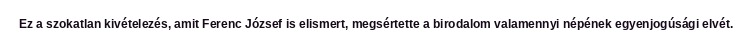
Ez a szokatlan kivételezés, amit Ferenc József is elismert, megsértette a birodalom valamennyi népének egyenjogúsági elvét.